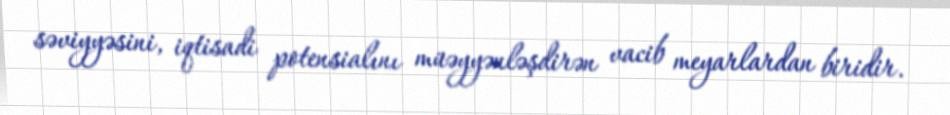
səviyyəsini, iqtisadi potensialını müəyyənləşdirən vacib meyarlardan biridir.